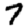
Digit: 7